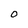
Character: 0